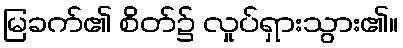
မြခက်၏ စိတ်၌ လှုပ်ရှားသွား၏။